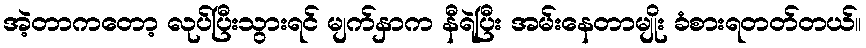
အဲ့တာကတော့ လုပ်ပြီးသွားရင် မျက်နှာက နီရဲပြီး အမ်းနေတာမျိုး ခံစားရတတ်တယ်။